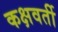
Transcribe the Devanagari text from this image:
कक्षवर्ती